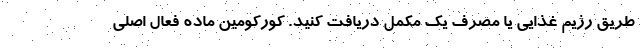
طریق رژیم غذایی یا مصرف یک مکمل دریافت کنید. کورکومین ماده فعال اصلی